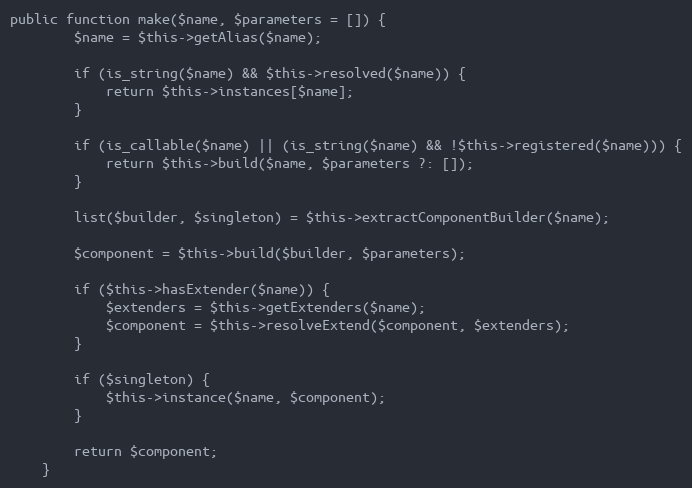
Language: PHP
public function make($name, $parameters = []) {
		$name = $this->getAlias($name);

		if (is_string($name) && $this->resolved($name)) {
			return $this->instances[$name];
		}

		if (is_callable($name) || (is_string($name) && !$this->registered($name))) {
			return $this->build($name, $parameters ?: []);
		}

		list($builder, $singleton) = $this->extractComponentBuilder($name);

		$component = $this->build($builder, $parameters);

		if ($this->hasExtender($name)) {
			$extenders = $this->getExtenders($name);
			$component = $this->resolveExtend($component, $extenders);
		}

		if ($singleton) {
			$this->instance($name, $component);
		}

		return $component;
	}